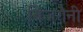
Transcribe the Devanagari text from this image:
बिजरौनी